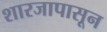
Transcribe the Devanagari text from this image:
शारजापासून